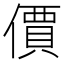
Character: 價